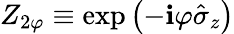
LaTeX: Z_{2\varphi}\equiv\exp\left(-\mathbf{i}\varphi\hat{{\sigma}}_{z}\right)